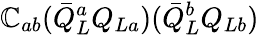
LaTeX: \mathbb{C}_{ab}(\bar{{Q}}_{L}^{a}Q_{La})(\bar{{Q}}_{L}^{b}Q_{Lb})